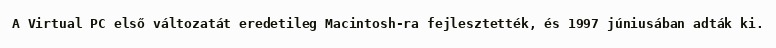
A Virtual PC első változatát eredetileg Macintosh-ra fejlesztették, és 1997 júniusában adták ki.